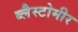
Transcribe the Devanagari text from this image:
ब्लैस्टोमीर